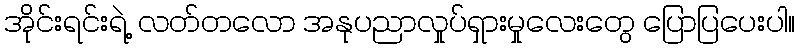
အိုင်းရင်းရဲ့ လတ်တလော အနုပညာလှုပ်ရှားမှုလေးတွေ ပြောပြပေးပါ။